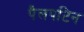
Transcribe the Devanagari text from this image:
पैलपटिन